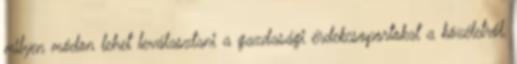
milyen módon lehet leválasztani a gazdasági érdekcsoportokat a közéletről,